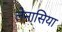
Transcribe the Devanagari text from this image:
लेनासिया